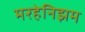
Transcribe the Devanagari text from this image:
मरहेनिझम